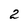
Character: 2